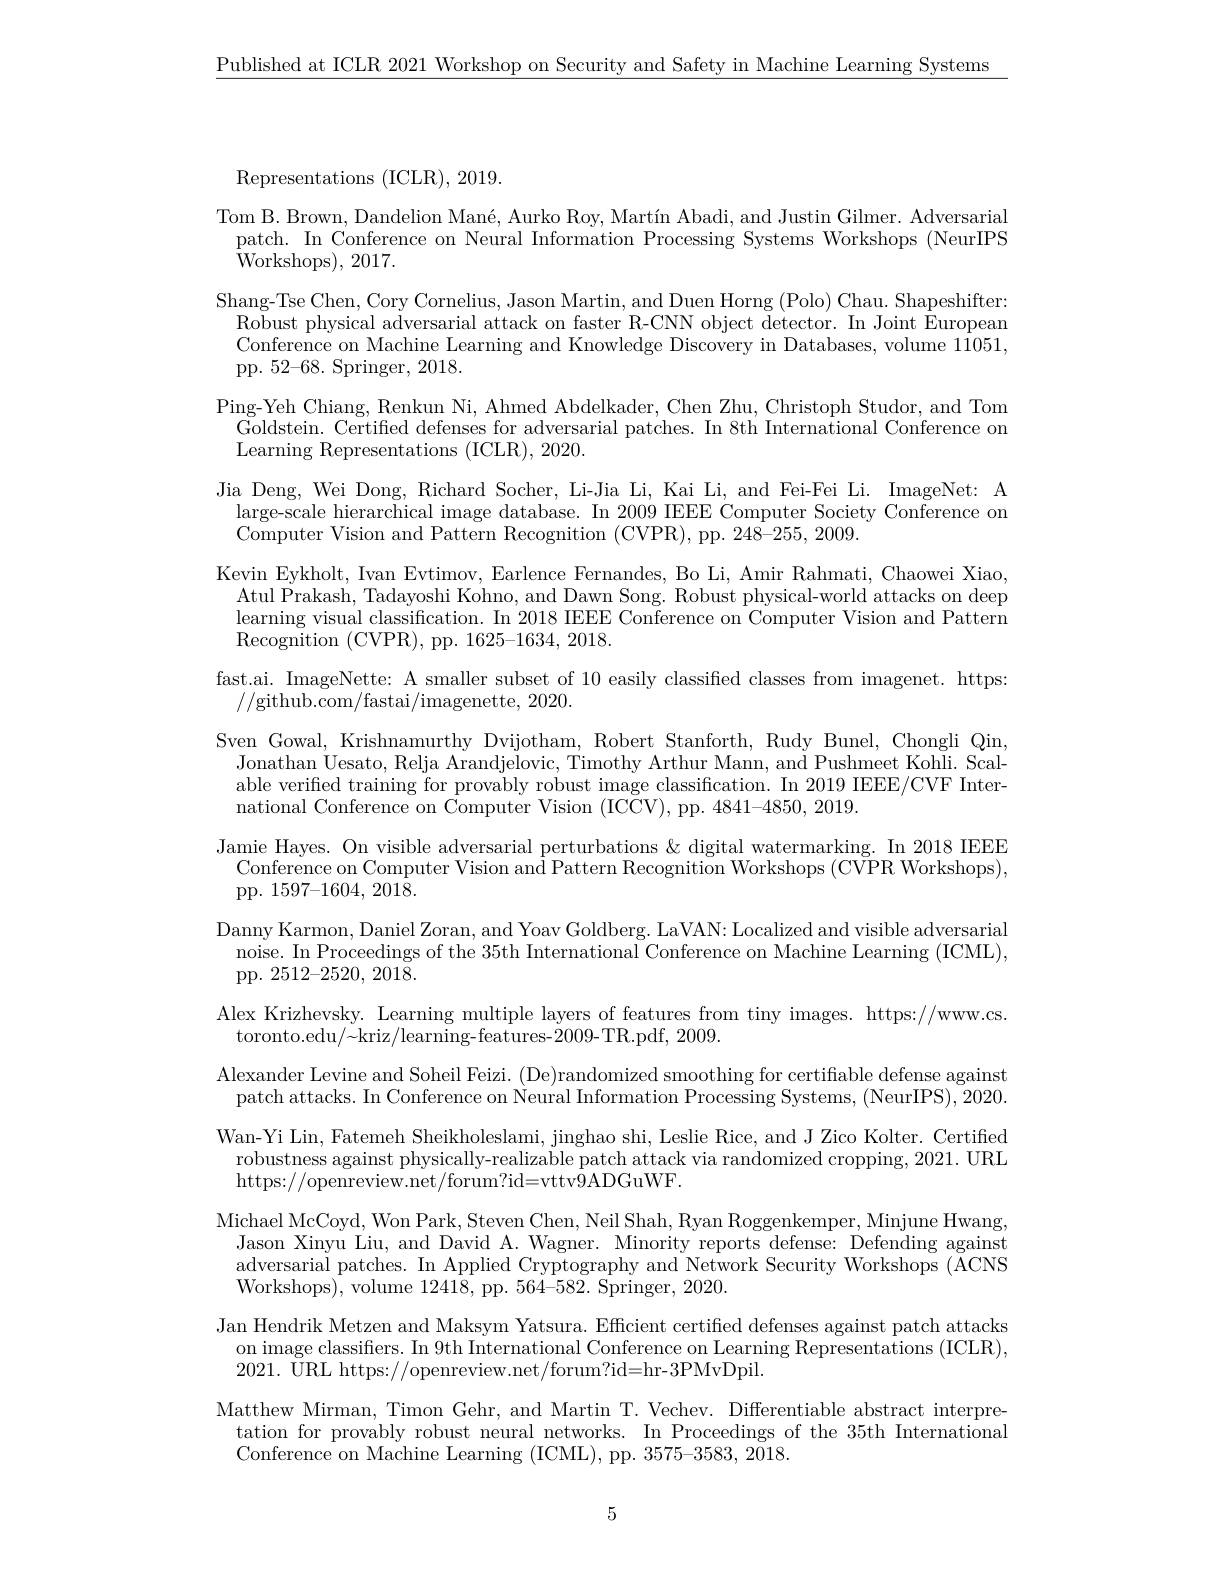
$\underline{\text{Published at ICLR 2021 Workshop on Security and Safety in Machine Learning Systems}}$

Representations (ICLR), 2019.
Tom B. Brown, Dandelion Mané, Aurko Roy, Martín Abadi, and Justin Gilmer. Adversarial patch. In Conference on Neural Information Processing Systems Workshops (NeurIPS ${\bar{\mathrm{Workshops}}}),2017.$
Shang-Tse Chen, Cory Cornelius, Jason Martin, and Duen Horng (Polo) Chau. Shapeshifter: $\bar{\text{Robust physical adversarial attack on faster R-CNN object detector. In Joint European}}$ Conference on Machine Learning and Knowledge Discovery in Databases, volume 11051, pp. $52–68.$ Springer, 2018.
Ping-Yeh Chiang, Renkun Ni, Ahmed Abdelkader, Chen Zhu, Christoph Studor, and Tom
Goldstein. Certified defenses for adversarial patches. In 8th International Conference on
Learning Representations (ICLR), 2020.
Jia Deng, Wei Dong, Richard Socher, Li-Jia Li, Kai Li, and Fei-Fei Li. ImageNet: A
$\begin{array}{c}\mathrm{large-scale~hierarchical~image~database.~In~2009~IEEE~Computer~Society~Conference~on}\\\mathrm{large-scale~hierarchical~image~database.~In~2009~IEEE~Computer~Society~Conference~on}\end{array}$
Computer Vision and Pattern Recognition (CVPR), pp. 248-255, 2009.
Kevin Eykholt, Ivan Evtimov, Earlence Fernandes, Bo Li, Amir Rahmati, Chaowei Xiao,
$\operatorname*{learning}$ visual classification. In 2018 IEEE Conference on Computer Vision and Pattern $\bar{\mathrm{Recognition~(CVPR),~pp.~1625-1634,~2018}}.$
fast.ai. ImageNette: A smaller subset of 10 easily classified classes from imagenet. https:
//github.com/fastai/imagenette,2020.
Sven Gowal, Krishnamurthy Dvijotham, Robert Stanforth, Rudy Bunel, Chongli Qin,
Jonathan Uesato, Relja Arandjelovic, Timothy Arthur Mann, and Pushmeet Kohli. Scalable verified training for provably robust image classification. In 2019 IEEE/CVF International Conference on Computer Vision (ICCV), pp. 4841-4850, 2019.
Jamie Hayes. On visible adversarial perturbations & digital watermarking. In 2018 IEEE Conference on Computer Vision and Pattern Recognition Workshops (CVPR Workshops), pp. 1597-1604,2018.
Danny Karmon, Daniel Zoran, and Yoav Goldberg. LaVAN: Localized and visible adversarial noise. In Proceedings of the 35th International Conference on Machine Learning (ICML), pp. 2512-2520, $201\bar{8} .$
Alex Krizhevsky. Learning multiple layers of features from tiny images. https://www.cs.
toronto.edu/~kriz/learning-features-2009-TR.pdf, 2009.
Alexander Levine and Soheil Feizi. (De)randomized smoothing for certifiable defense against patch attacks. In Conference on Neural Information Processing Systems, (NeurIPS), 2020. Wan-Yi Lin, Fatemeh Sheikholeslami, jinghao shi, Leslie Rice, and J Zico Kolter. Certified robustness against physically-realizable patch attack via randomized cropping, 2021. URL https://openreview.net/forum?id=vttv$\bar{9}$ADGuWF.
Michael McCoyd, Won Park, Steven Chen, Neil Shah, Ryan Roggenkemper, Minjune Hwang,
Jason Xinyu Liu, and David A. Wagner. Minority reports defense: Defending against adversarial patches. In Applied Cryptography and Network Security Workshops (ACNS Workshops), volume 12418, pp. 564-582. Springer, 2020.
Jan Hendrik Metzen and Maksym Yatsura. Efficient certified defenses against patch attacks
on image classifiers. In 9th International Conference on Learning Representations (ICLR),
2021. URL https://openreview.net/forum?id=hr-3PMvDpil.
Matthew Mirman, Timon Gehr, and Martin T. Vechev. Differentiable abstract interpretation for provably robust neural networks. In Proceedings of the 35th International Conference on Machine Learning (ICML), pp. 3575-3583, 2018.

5